画像に写った文字を読んでください
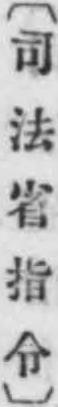
「〔司法省指令〕」と書いてあります